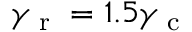
\gamma _ { \textup { r } } = 1 . 5 \gamma _ { \textup { c } }